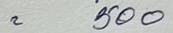
= 500